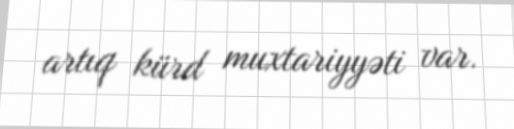
artıq kürd muxtariyyəti var.